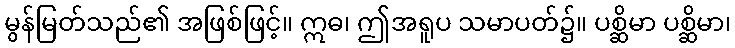
မွန်မြတ်သည်၏ အဖြစ်ဖြင့်။ ဣဓ၊ ဤအရူပ သမာပတ်၌။ ပစ္ဆိမာ ပစ္ဆိမာ၊